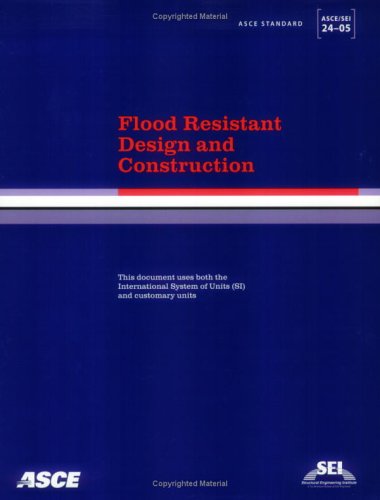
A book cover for Flood Resistant Design and Construction ASCE/SEI 24-05; ASCE; Science & Math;